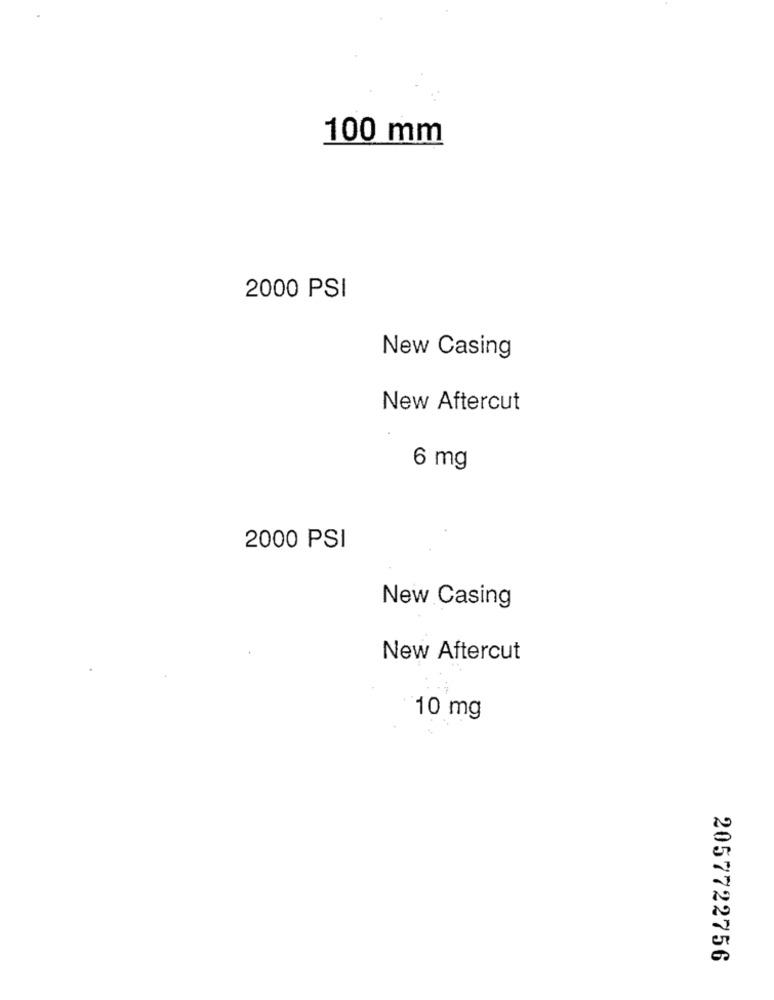
100 mm
2000 PSI
New Casing
New Aftercut
6 mg
2000 PSI
New Casing
New Aftercut
10 mg
2057722756